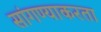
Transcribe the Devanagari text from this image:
सांगण्याकरता